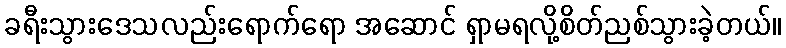
ခရီးသွားဒေသလည်းရောက်ရော အဆောင် ရှာမရလို့စိတ်ညစ်သွားခဲ့တယ်။